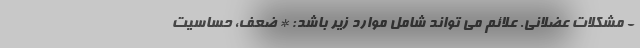
- مشکلات عضلانی. علائم می تواند شامل موارد زیر باشد: * ضعف، حساسیت